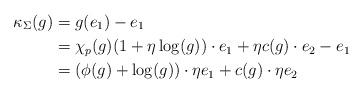
LaTeX: \begin{align*}\kappa_{\Sigma}(g) &= g(e_1)-e_1 \\& = \chi_p(g)(1+\eta\log(g))\cdot e_1+\eta c(g)\cdot e_2-e_1\\& = (\phi(g)+\log(g))\cdot \eta e_1 + c(g)\cdot \eta e_2 \end{align*}